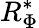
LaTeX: R_{\Phi}^{*}